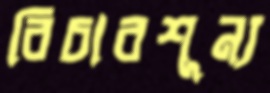
বিচারশূন্য